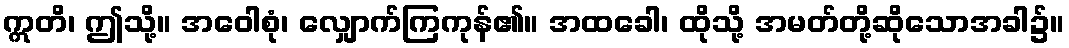
ဣတိ၊ ဤသို့။ အဝေါစုံ၊ လျှောက်ကြကုန်၏။ အထခေါ၊ ထိုသို့ အမတ်တို့ဆိုသောအခါ၌။